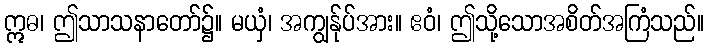
ဣဓ၊ ဤသာသနာတော်၌။ မယှံ၊ အကျွန်ုပ်အား။ ဧဝံ၊ ဤသို့သောအစိတ်အကြံသည်။